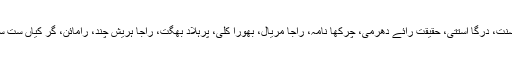
اوہناں دیاں رچناواں ہن: پورن بھگت، گوپی چند تے راجا بھرتھری ، روپ بسنت، درگا استتی، حقیقت رائے دھرمی، چرکھا نامہ، راجا مریال، بھورا کلی، پرہلاد بھگت، راجا ہریش چند، رامائن، گرُ کیاں ست ساکھیاں، راجا رسالو، سری گرُو مہما تے سلوک اتے جیون مکتی وغیرہ نیں ۔